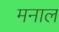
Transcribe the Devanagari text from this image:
मनाल